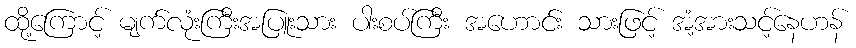
ထို့ကြောင့် မျက်လုံးကြီးအပြူးသား ပါးစပ်ကြီး အဟောင်း သားဖြင့် အံ့အားသင့်နေဟန်